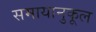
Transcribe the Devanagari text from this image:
समायानुकूल